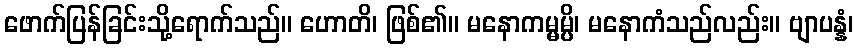
ဖောက်ပြန်ခြင်းသို့ရောက်သည်။ ဟောတိ၊ ဖြစ်၏။ မနောကမ္မမ္ပိ၊ မနောကံသည်လည်း။ ဗျာပန္နံ၊